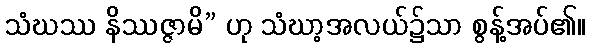
သံဃဿ နိဿဇ္ဇာမိ” ဟု သံဃာ့အလယ်၌သာ စွန့်အပ်၏။